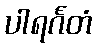
ပါရင်္ဂတံ